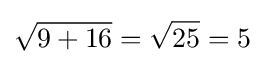
{\sqrt {9+16}}={\sqrt {25}}=5